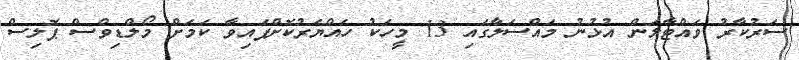
ސަރުކާރު ވައްޓާލަން އުޅުނު މައްސަލާގައި 13 މީހަކު ހައްޔަރުކޮށްފައިވާ ކަމަށް މޯލްޑިވްސް ޕޮލިސް